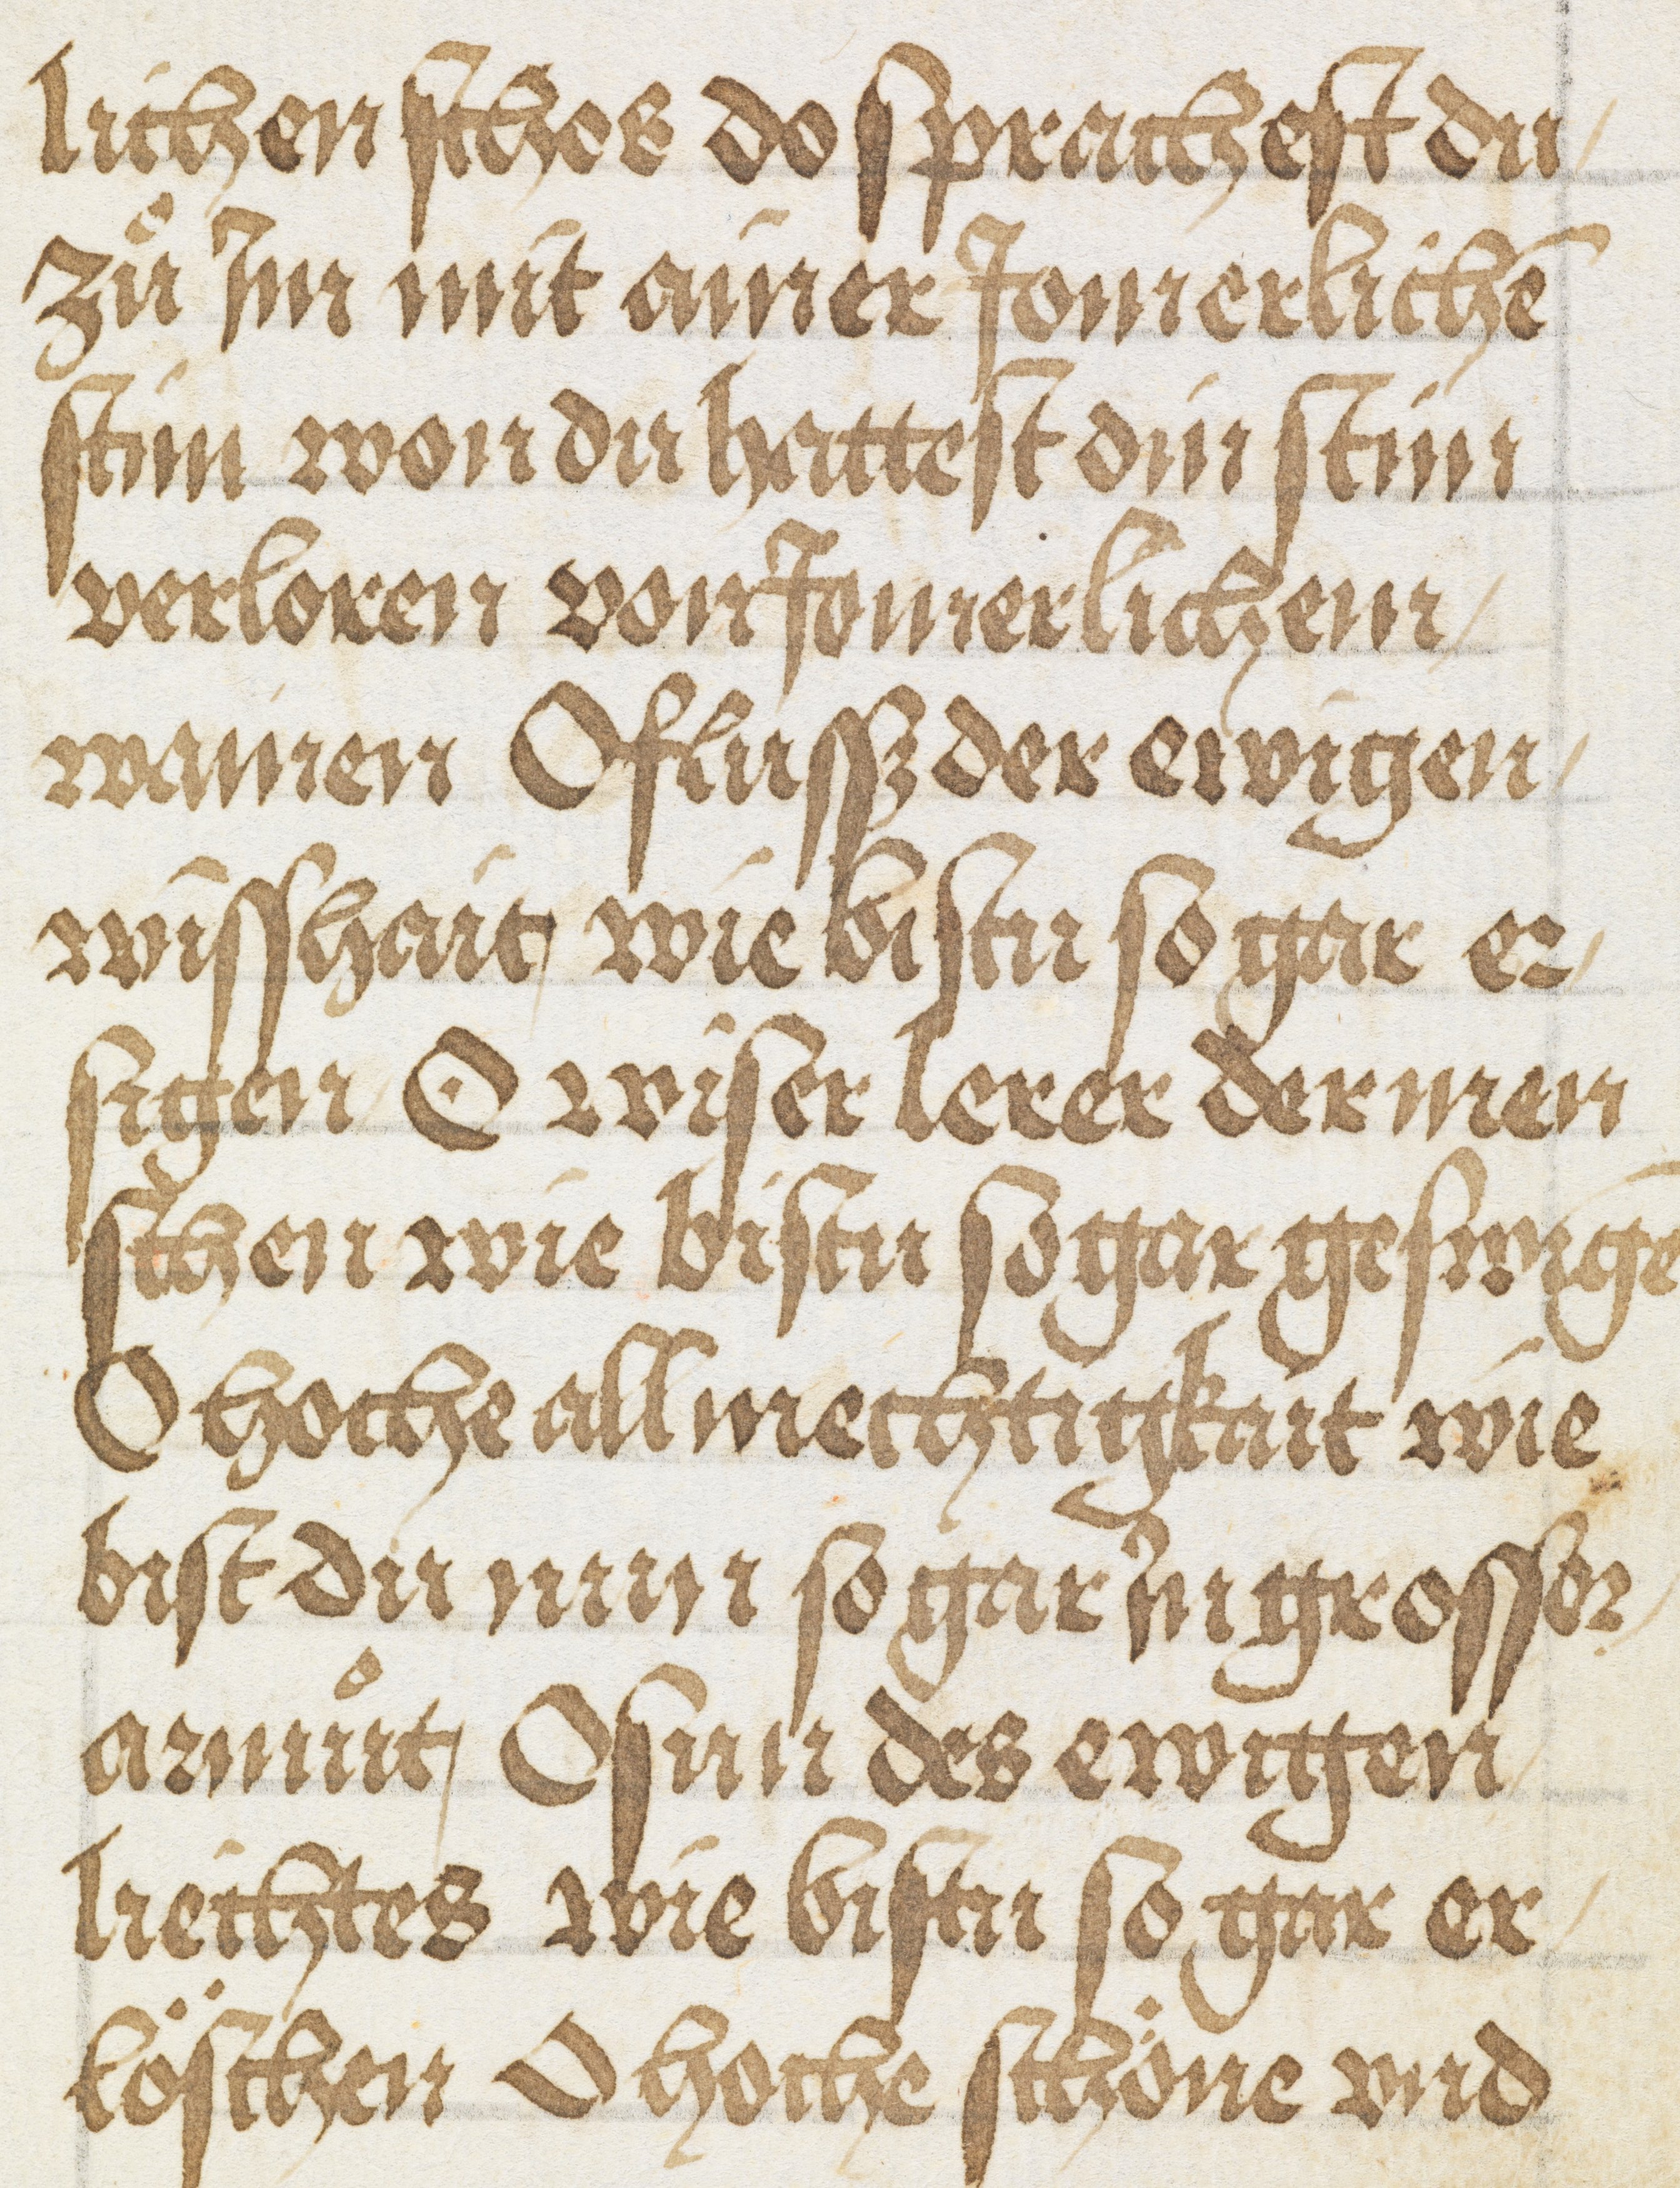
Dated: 1500–1524